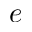
e